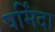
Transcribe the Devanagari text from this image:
षर्मिंदा